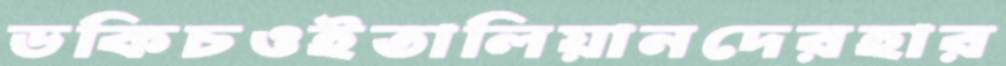
ডকিচওইতালিয়ানদেরহার